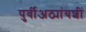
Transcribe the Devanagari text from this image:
पुर्वीअठ्यांयशीं